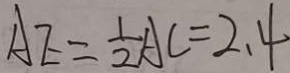
A E = \frac { 1 } { 2 } A C = 2 . 4